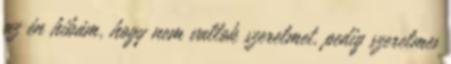
az én hibám, hogy nem vallok szerelmet, pedig szerelmes